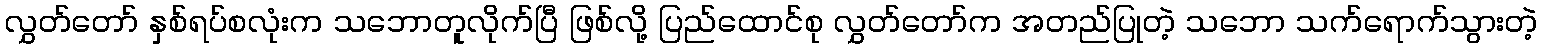
လွှတ်တော် နှစ်ရပ်စလုံးက သဘောတူလိုက်ပြီ ဖြစ်လို့ ပြည်ထောင်စု လွှတ်တော်က အတည်ပြုတဲ့ သဘော သက်ရောက်သွားတဲ့